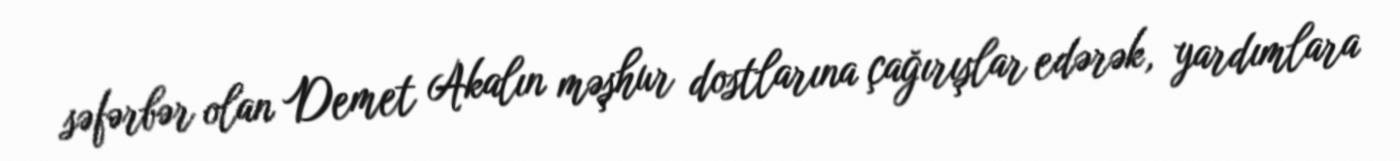
səfərbər olan Demet Akalın məşhur dostlarına çağırışlar edərək, yardımlara